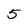
Character: 5